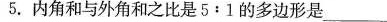
5.内角和与外角和之比是5：1的多边形是___